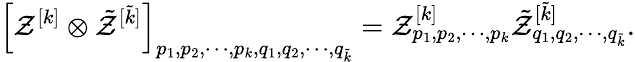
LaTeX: \left[\mathcal{Z}^{[k]}\otimes\tilde{\mathcal{Z}}^{[\tilde{k}]}\right]_{p_{1},p_{2},\cdots,p_{k},q_{1},q_{2},\cdots,q_{\tilde{k}}}=\mathcal{Z}_{p_{1},p_{2},\cdots,p_{k}}^{[k]}\tilde{\mathcal{Z}}_{q_{1},q_{2},\cdots,q_{\tilde{k}}}^{[\tilde{k}]}.